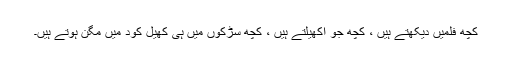
کچھ فلمیں دیکھتے ہیں ، کچھ جو اکھیلتے ہیں ، کچھ سڑکوں میں ہی کھیل کود میں مگن ہوتے ہیں۔